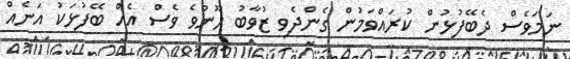
ނަމަވެސް ދެބޭފުޅުން ކުރައްވަމުން ގެންދެވި ޒުވާބު ހޫނުވެ ވެސް އެއް ބޭފުޅަކު އަނެއް